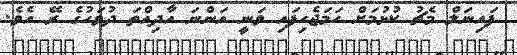
ފައިނަލް މެޗު ކުޅުމަށް ހަމަޖެހިފައި ވަނީ އަންނަ އާދިއްތަ ދުވަހުގެ ރޭ އެވެ.